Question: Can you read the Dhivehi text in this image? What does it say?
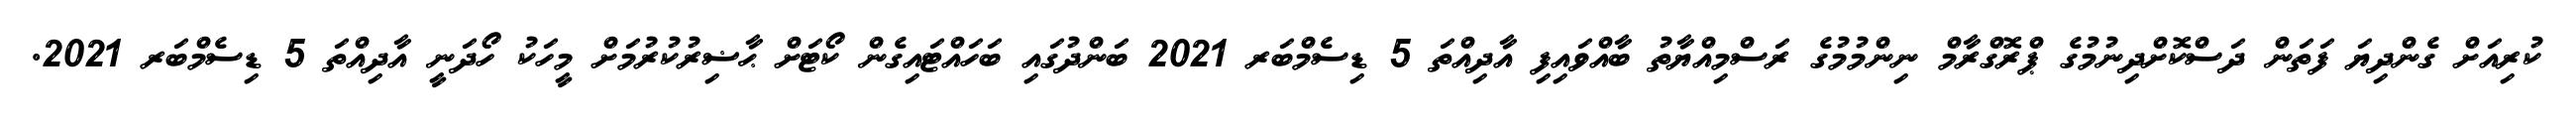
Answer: ކުރިއަށް ގެންދިޔަ ފަތަން ދަސްކޮށްދިނުމުގެ ޕްރޮގްރާމް ނިންމުމުގެ ރަސްމިއްޔާތު ބާއްވައިފި އާދިއްތަ 5 ޑިސެމްބަރ 2021 ބަންދުގައި ބަހައްޓައިގެން ކޯޓަށް ޙާޟިރުކުރުމަށް މީހަކު ހޯދަނީ އާދިއްތަ 5 ޑިސެމްބަރ 2021.